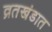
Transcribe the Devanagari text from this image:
व्रतखंडात